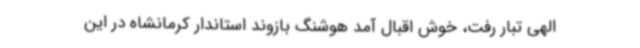
الهی تبار رفت، خوش اقبال آمد هوشنگ بازوند استاندار کرمانشاه در این